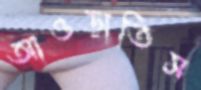
আওড়াতিস